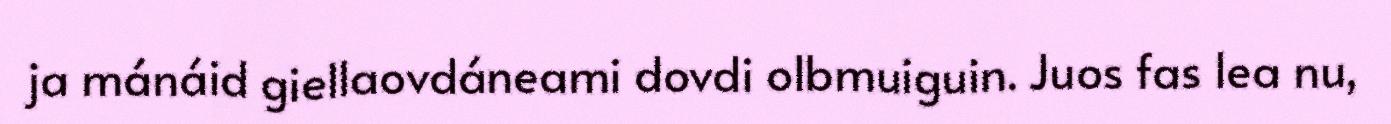
ja mánáid giellaovdáneami dovdi olbmuiguin. Juos fas lea nu,